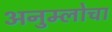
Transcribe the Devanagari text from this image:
अनुम्लोचा